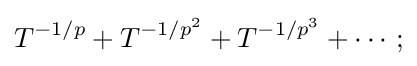
T^{-1/p}+T^{-1/p^{2}}+T^{-1/p^{3}}+\cdots ;